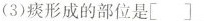
(3)痰形成的部位是[]_______。